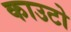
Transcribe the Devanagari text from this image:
काउटो